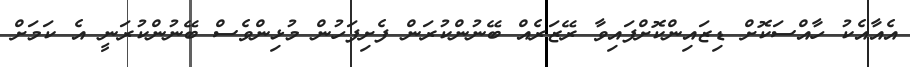
އެއާއެކު ހާއްސަކޮށް ޑިޒައިންކޮށްފައިވާ ރޭޒަރެއް ބޭނުންކުރަން ފެށިފަހުން މުޅިންވެސް ބޭނުންކުރަނީ އެ ކަމަށް